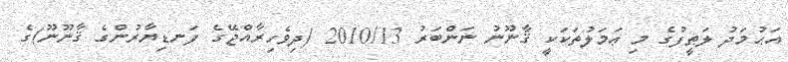
އަޙުމަދު ލަޠީފުގެ މި ޢަމަލުތަކަކީ ޤާނޫނު ނަންބަރު 2010/13 (ދިވެހިރާއްޖޭގެ ފަނޑިޔާރުންގެ ޤާނޫނޫ)ގެ